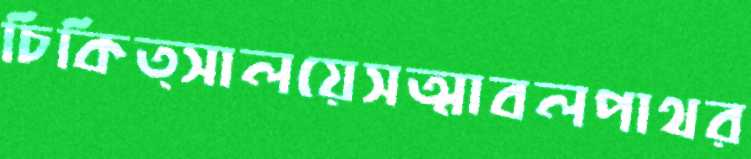
চিকিত্সালয়েসত্মাবলপাথর